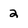
Character: 2